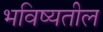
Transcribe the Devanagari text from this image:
भविष्यतील